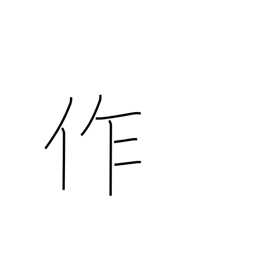
Meaning: make